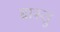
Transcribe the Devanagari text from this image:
ब्रास्तु